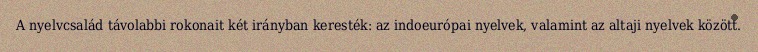
A nyelvcsalád távolabbi rokonait két irányban keresték: az indoeurópai nyelvek, valamint az altaji nyelvek között.